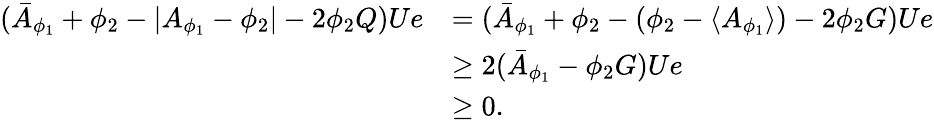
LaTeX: \begin{array}{rl}{(\bar{A}_{\phi_{1}}+\phi_{2}-\lvert A_{\phi_{1}}-\phi_{2}\rvert-2\phi_{2}Q)Ue}&{=(\bar{A}_{\phi_{1}}+\phi_{2}-(\phi_{2}-\langle A_{\phi_{1}}\rangle)-2\phi_{2}G)Ue}\\ &{\geq 2(\bar{A}_{\phi_{1}}-\phi_{2}G)Ue}\\ &{\geq 0.}\end{array}